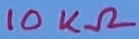
Text: 10KΩ